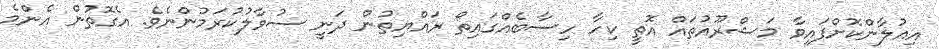
އިއުލާންކޮށްފައިވާ މަޝްރޫއުތައް އޮތީ ކިހާ ހިސާބެއްގައިތޯ ރައްޔިތުން ދަނީ ސުވާލުކުރަމުންނެވެ. އެގޮތުން އެންމެ